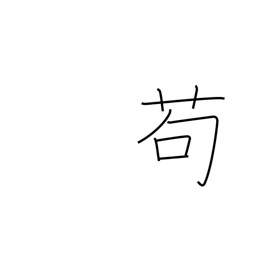
Meaning: in the least